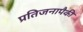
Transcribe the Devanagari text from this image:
प्रतिजनापैकी